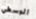
الوسطي